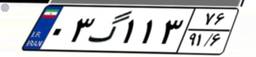
۰۳گ۱۱۳۷۶